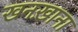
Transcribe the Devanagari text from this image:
खनख़ाना